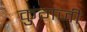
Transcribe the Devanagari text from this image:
कुगजी